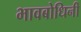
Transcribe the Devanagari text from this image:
भावबोधिनी